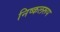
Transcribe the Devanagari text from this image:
निष्कलरूप